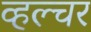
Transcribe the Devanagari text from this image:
व्हल्चर